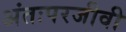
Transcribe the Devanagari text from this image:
अंतःपरजीवी